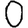
Digit: 0